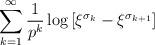
LaTeX: \begin{align*}\sum_{k=1}^\infty \frac{1}{p^k} \log \left[ \xi^{\sigma_k} - \xi^{\sigma_{k+1}} \right]\end{align*}